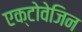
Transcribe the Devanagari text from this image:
एक्टोवेजिन